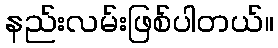
နည်းလမ်းဖြစ်ပါတယ်။